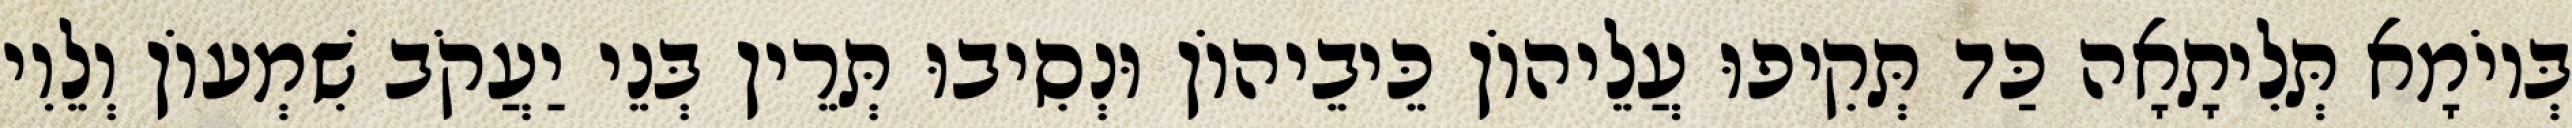
בְּיוֹמָא תְּלִיתָאָה כַּד תְּקִיפוּ עֲלֵיהוֹן כֵּיבֵיהוֹן וּנְסִיבוּ תְּרֵין בְּנֵי יַעֲקֹב שִׁמְעוֹן וְלֵוִי